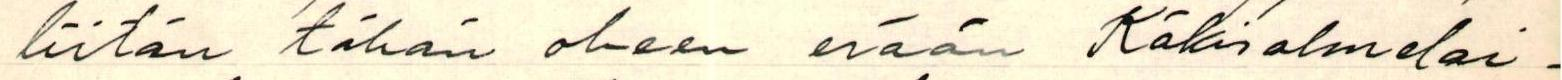
liitän tähän oheen erään Käkisalmelai-